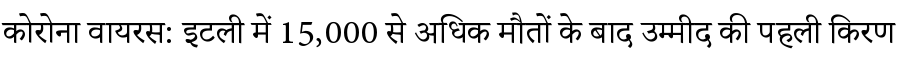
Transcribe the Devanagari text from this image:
कोरोना वायरस: इटली में 15,000 से अधिक मौतों के बाद उम्मीद की पहली किरण